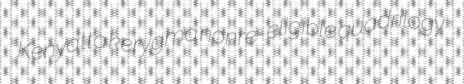
Kenyatta kerygma nonre-eligible quadrilogy